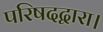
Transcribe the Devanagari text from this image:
परिषदद्वारा।